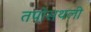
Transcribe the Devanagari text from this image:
तपोसथली